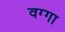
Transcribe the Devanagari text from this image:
वग्गा